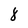
Character: 8